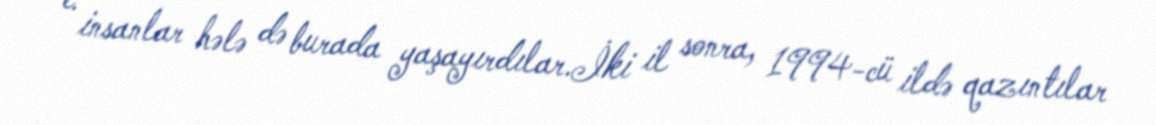
e. insanlar hələ də burada yaşayırdılar.İki il sonra, 1994-cü ildə qazıntılar